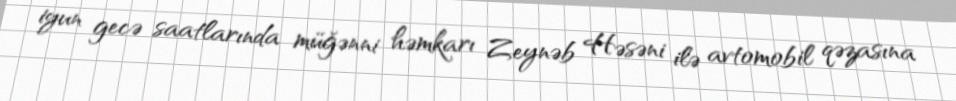
iyun gecə saatlarında müğənni həmkarı Zeynəb Həsəni ilə avtomobil qəzasına